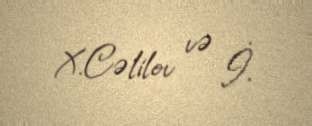
X.Cəlilov və İ.